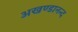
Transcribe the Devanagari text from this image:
अखण्डानन्द